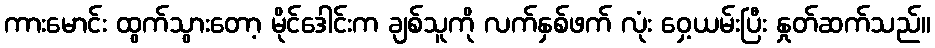
ကားမောင်း ထွက်သွားတော့ မိုင်ဒေါင်းက ချစ်သူကို လက်နှစ်ဖက် လုံး ဝှေ့ယမ်းပြီး နှုတ်ဆက်သည်။